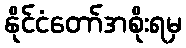
နိုင်ငံတော်အစိုးရမှ